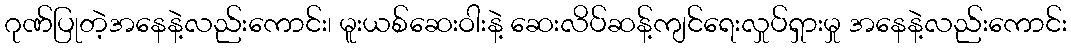
ဂုဏ်ပြုတဲ့အနေနဲ့လည်းကောင်း၊ မူးယစ်ဆေးဝါးနဲ့ ဆေးလိပ်ဆန့်ကျင်ရေးလှုပ်ရှားမှု အနေနဲ့လည်းကောင်း